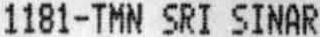
1181-TMN SRI SINAR